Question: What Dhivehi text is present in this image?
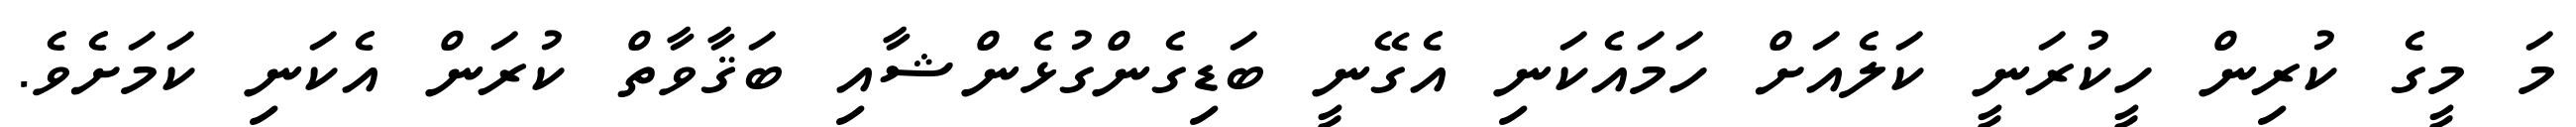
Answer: މަ މީގެ ކުރިން ހީކުރަނީ ކަލެއަށް ހަމައެކަނި އެގޭނީ ބަޑިގެންގުޅެންޝާއި ބަޤާވާތް ކުރަން އެކަނި ކަމަށެވެ.